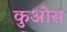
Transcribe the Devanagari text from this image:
कुओस